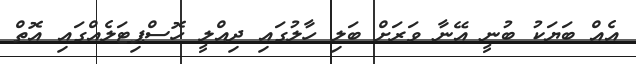
އެއް ބަޔަކު ބުނީ އޭނާ ވަރަށް ބަލި ހާލުގައި ދިއްލީ ހޮސްޕިޓަލެއްގައި އޮތް